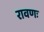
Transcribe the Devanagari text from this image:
रावणः